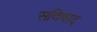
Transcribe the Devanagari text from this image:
सविषाद